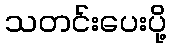
သတင်းပေးပို့